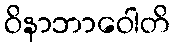
ဝိနာဘာဝေါတိ